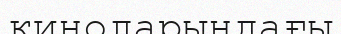
киноларындағы